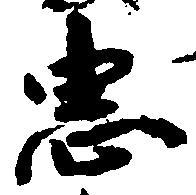
忠